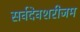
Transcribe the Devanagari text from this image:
सर्वदेवशरीजम